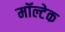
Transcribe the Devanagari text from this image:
मॉल्टेक